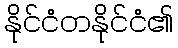
နိုင်ငံတနိုင်ငံ၏